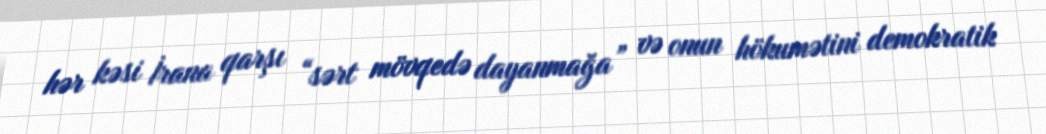
hər kəsi İrana qarşı “sərt mövqedə dayanmağa” və onun hökumətini demokratik